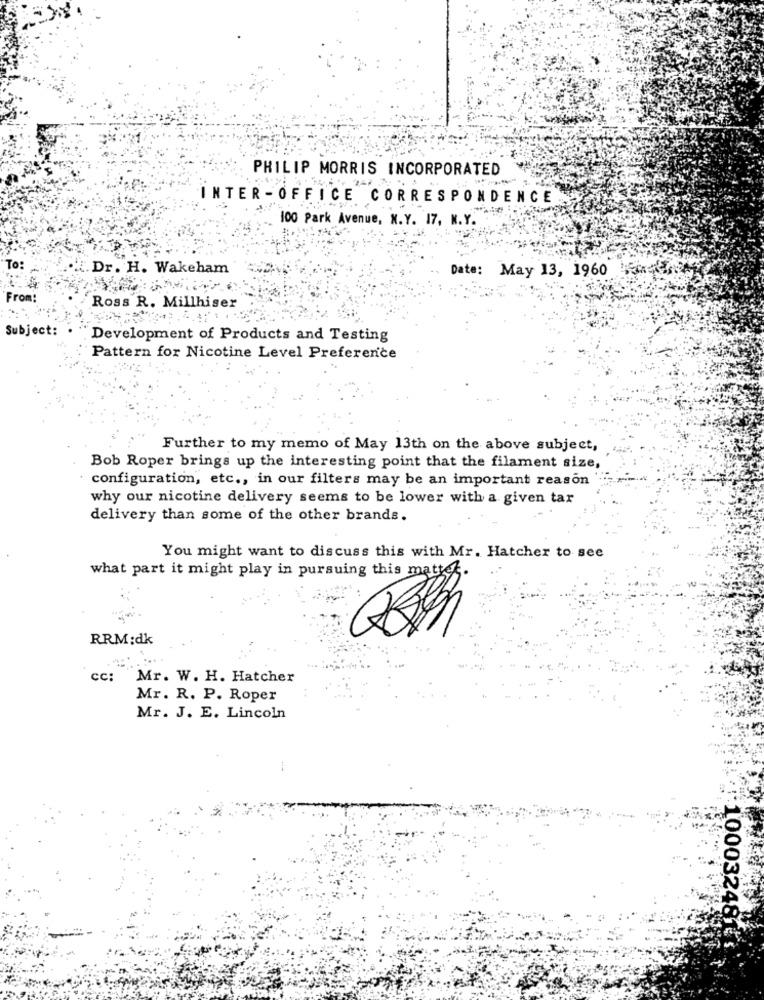
PHILIP MORRIS INCORPORATED
INTER -OFFICE CORRESPONDENCE
100 Park Avenue, N.Y. 17, N.Y.
To:
. Dr. H. Wakeham
Date: May 13, 1960
From:
Ross R. Millhiser
Subject:
Development of Products and Testing
Pattern for Nicotine Level Preference
Further to my memo of May 13th on the above subject,
Bob Roper brings up the interesting point that the filament size,
configuration, etc ., in our filters may be an important reason
why our nicotine delivery seems to be lower with a given tar
delivery than some of the other brands.
You might want to discuss this with Mr. Hatcher to see
what part it might play in pursuing this matter.
RRM:dk
cc:
Mr. W. H. Hatcher
Mr. R. P. Roper
Mr. J. E. Lincoln
:10003248